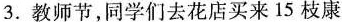
3. 教师节，同学们去花店买来15枝康